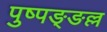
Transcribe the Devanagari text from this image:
पुष्पङ्ङल्ल